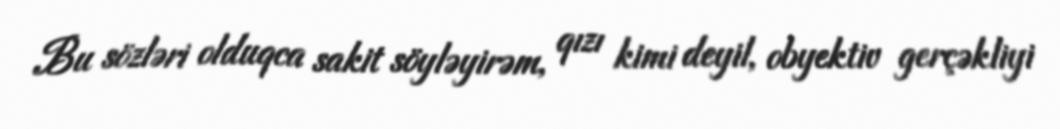
Bu sözləri olduqca sakit söyləyirəm, qızı kimi deyil, obyektiv gerçəkliyi